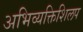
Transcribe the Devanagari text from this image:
अभिव्यक्तिशिलप